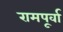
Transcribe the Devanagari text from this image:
रामपूर्वा